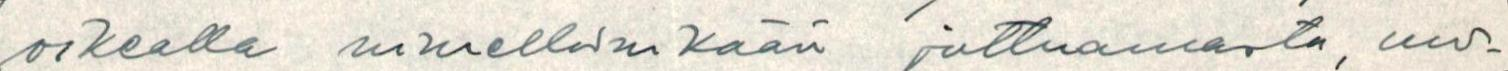
oikealla nimellänikään juttuamasta, mi-